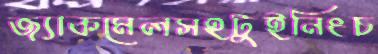
জ্যাকমেলসহটুইনিংচ